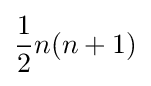
{\frac {1}{2}}n(n+1)